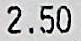
2.50